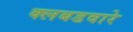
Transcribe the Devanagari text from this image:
क्लबडवारे